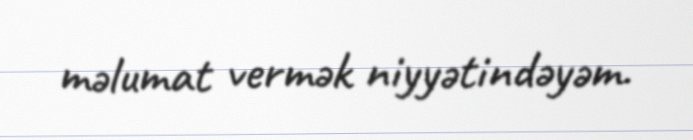
məlumat vermək niyyətindəyəm.